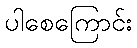
ပါစေကြောင်း